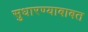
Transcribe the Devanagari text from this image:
सुधारण्याबाबत